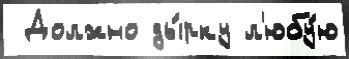
 Должно ды́рку л'юбу́ю